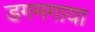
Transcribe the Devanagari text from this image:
डगमगाया